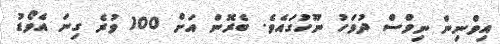
އިވްނިން ނިވްސް ދުވަހު ނޫހުގައެވެ. ބެރޮން އަށް 100 ވުރެ ގިނަ އެވޯޑު